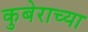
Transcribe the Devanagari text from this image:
कुबेराच्या